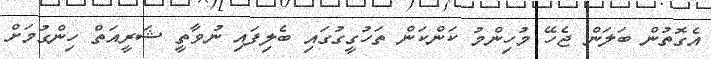
އެގޮތުން ބަލަން ޖެހޭ މުހިންމު ކަންކަން ތަހުގީގުގައި ބެލިފައި ނުވާތީ ޝަރީއަތް ހިންގުމަށް